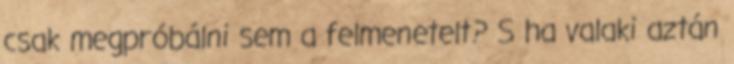
csak megpróbálni sem a felmenetelt? S ha valaki aztán